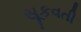
સૂકવતી